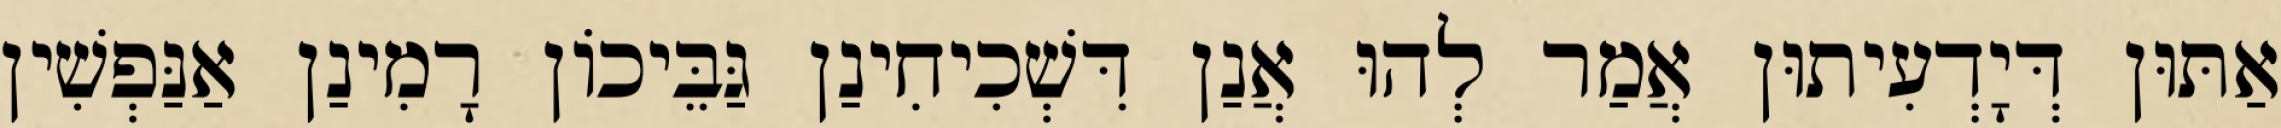
אַתּוּן דְּיָדְעִיתוּן אֲמַר לְהוּ אֲנַן דִּשְׁכִיחִינַן גַּבֵּיכוֹן רָמִינַן אַנַּפְשִׁין